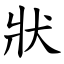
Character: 狀